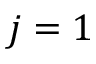
j = 1